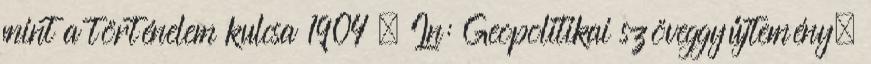
mint a történelem kulcsa 1904 . In: Geopolitikai szöveggyűjtemény.